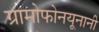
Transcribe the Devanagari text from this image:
ग्रामोफोनयूनानी